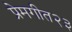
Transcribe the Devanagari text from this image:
प्रेमगीत२३